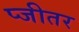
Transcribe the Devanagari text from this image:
प्जीतर